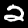
Label: 2